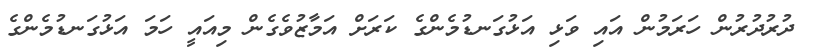
ދުރުދުރުން ހަރަމުން އައި ވަޅި އަޅުގަނޑުމެންގެ ކަރަށް އަމާޒުވެގެން މިއައީ ހަމަ އަޅުގަނޑުމެންގެ